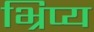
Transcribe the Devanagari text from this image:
भ्रिप्य